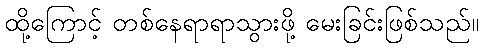
ထို့ကြောင့် တစ်နေရာရာသွားဖို့ မေးခြင်းဖြစ်သည်။